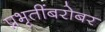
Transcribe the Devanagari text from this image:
प्रभृतींबरोबर